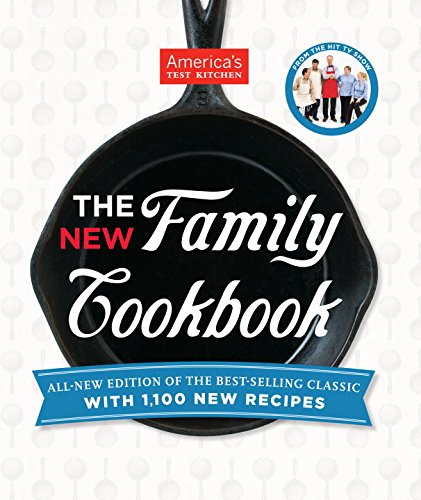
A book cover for The New Family Cookbook; Cookbooks, Food & Wine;